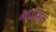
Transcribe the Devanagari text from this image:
मध्मिक